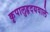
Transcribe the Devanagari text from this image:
कृपालुहृदयवाले